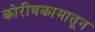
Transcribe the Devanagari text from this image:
कोरीवकामातून